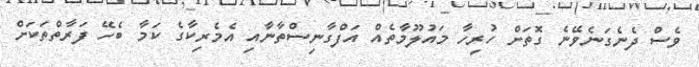
ވެސް ދެނެގަނެވޭނެ ގޮތަށް ހުރިހާ މައުލޫމާތެއް އަފްގާނިސްތާނާއި އެމެރިކާގެ ކަމާ ބެހޭ ފަރާތްތަކަށް